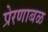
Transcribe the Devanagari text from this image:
प्रेरणाबळ